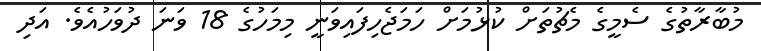
މުބާރާތުގެ ސެމީގެ މެޗުތަށް ކުޅުމަށް ހަމަޖެހިފައިވަނީ މިމަހުގެ 18 ވަނަ ދުވަހުއެވެ. އަދި